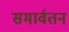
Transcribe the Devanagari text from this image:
समार्वतन